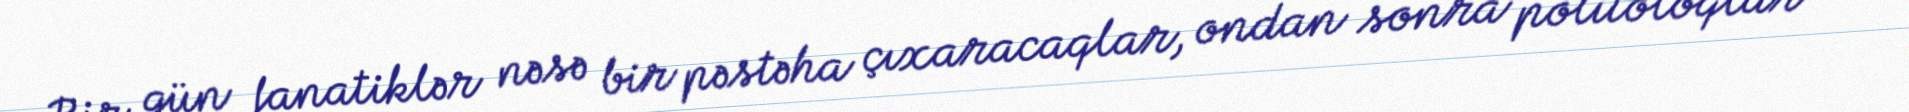
Bir gün fanatiklər nəsə bir pəstəha çıxaracaqlar, ondan sonra politoloqlar və